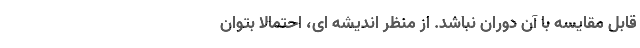
قابل مقایسه با آن دوران نباشد. از منظر اندیشه­ ای، احتمالاً بتوان